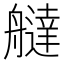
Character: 𦪭